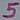
Text: 5